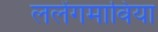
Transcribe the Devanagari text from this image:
ललेंगमाविया